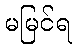
မမြင်ရ